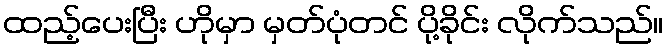
ထည့်ပေးပြီး ဟိုမှာ မှတ်ပုံတင် ပို့ခိုင်း လိုက်သည်။